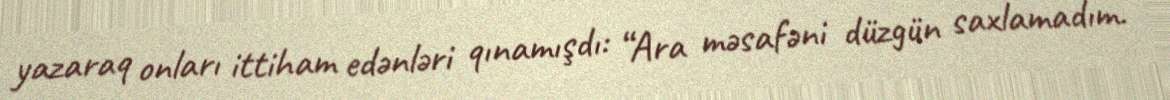
yazaraq onları ittiham edənləri qınamışdı: “Ara məsafəni düzgün saxlamadım.